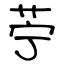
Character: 苧